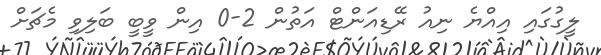
ލީގުގައި އިއްޔެ ނިއު ރޭޑިއަންޓް އަތުން 2-0 އިން ވީބީ ބަލިވި މެޗަށް